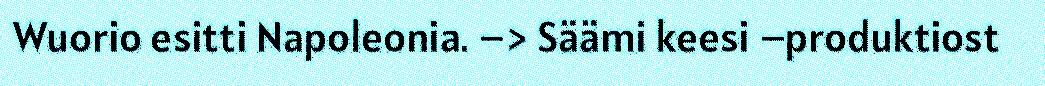
Wuorio esitti Napoleonia. –> Säämi keesi –produktiost